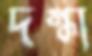
দগ্ধা